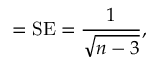
= { \mathrm { S E } } = { \frac { 1 } { \sqrt { n - 3 } } } ,